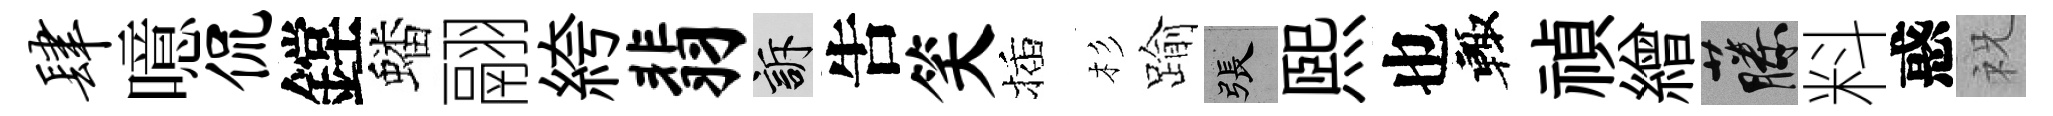
肆噫侃鏜蟠翮絝翡訴吿笑插杉踰張煕也輙禎繒藤料惑祝